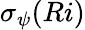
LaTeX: \sigma_{\psi}(Ri)